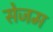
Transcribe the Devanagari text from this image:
सेजम